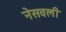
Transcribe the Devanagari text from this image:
नेसवली